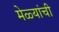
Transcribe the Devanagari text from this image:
मेळ्यांची